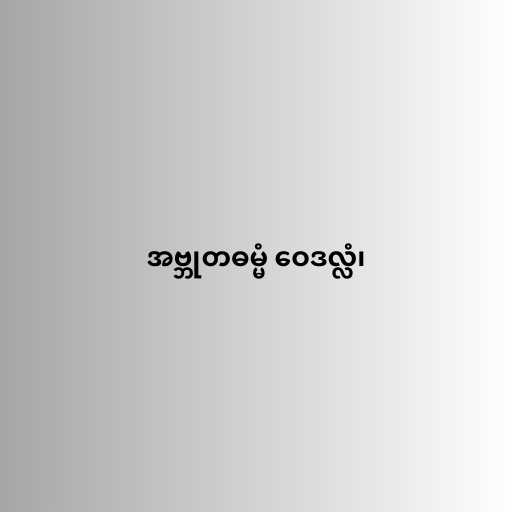
အဗ္ဘုတဓမ္မံ ဝေဒလ္လံ၊